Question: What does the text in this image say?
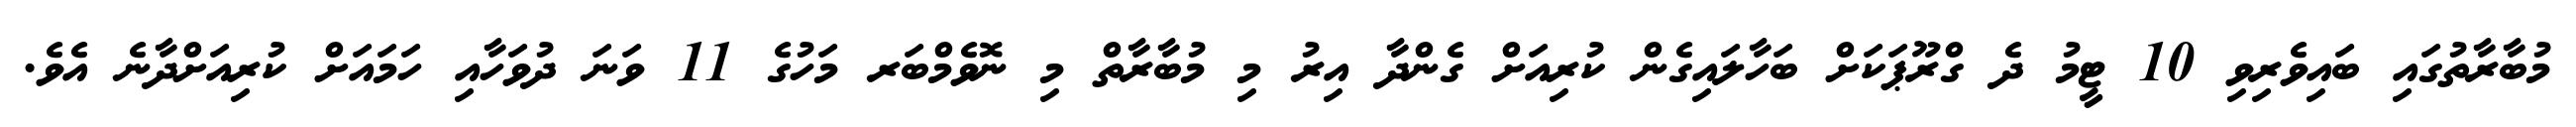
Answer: މުބާރާތުގައި ބައިވެރިވި 10 ޓީމު ދެ ގްރޫޕަކަށް ބަހާލައިގެން ކުރިއަށް ގެންދާ އިރު މި މުބާރާތް މި ނޮވެމްބަރ މަހުގެ 11 ވަނަ ދުވަހާއި ހަމައަށް ކުރިއަށްދާނެ އެވެ.